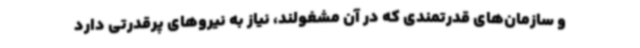
و سازمان‌های قدرتمندی که در آن مشغولند، نیاز به نیروهای پرقدرتی دارد